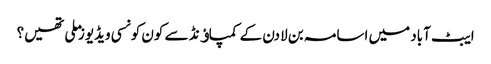
ایبٹ آباد میں اسامہ بن لادن کے کمپاﺅنڈ سے کون کونسی ویڈیوز ملی تھیں؟